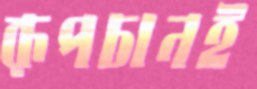
রূপচানই